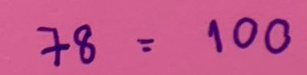
78 = 100